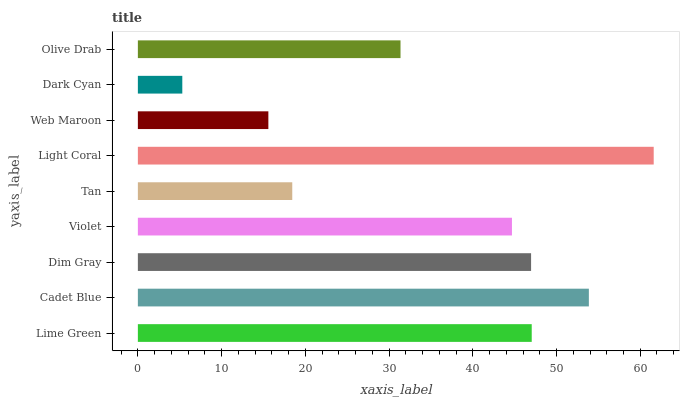
| yaxis_label | bars |
 | --- | --- |
 | Lime Green | 47 |
 | Cadet Blue | 53.9 |
 | Dim Gray | 47 |
 | Violet | 44.7 |
 | Tan | 18.4 |
 | Light Coral | 61.6 |
 | Web Maroon | 15.6 |
 | Dark Cyan | 5.31 |
 | Olive Drab | 31.4 |